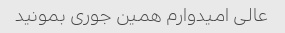
عالی امیدوارم همین جوری بمونید